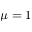
\mu = 1